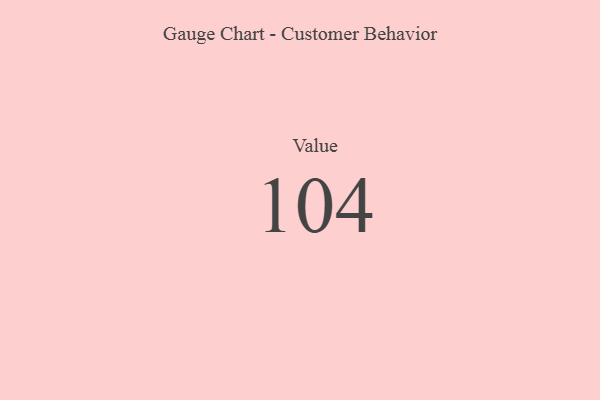
{"axis": {"x": "Metric", "y": "Value"}, "legend": [""], "data": [{"x": "Value", "y": 104, "type": ""}]}